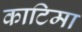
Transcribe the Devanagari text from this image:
काटिमा